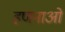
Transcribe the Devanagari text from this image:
हणनाओं